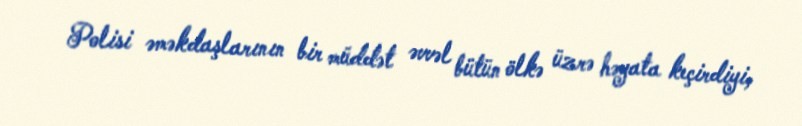
Polisi əməkdaşlarının bir müddət əvvəl bütün ölkə üzrə həyata keçirdiyi,